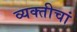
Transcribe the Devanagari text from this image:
व्यक्तीचां